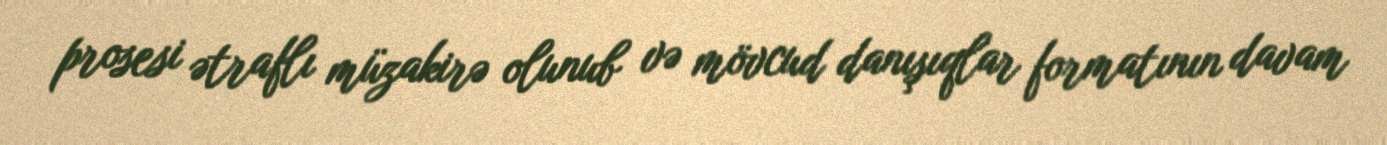
prosesi ətraflı müzakirə olunub və mövcud danışıqlar formatının davam